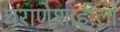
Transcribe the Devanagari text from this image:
घराणेशाहीला